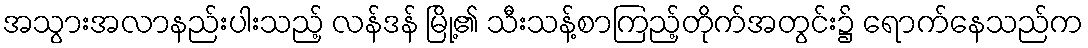
အသွားအလာနည်းပါးသည့် လန်ဒန် မြို့၏ သီးသန့်စာကြည့်တိုက်အတွင်း၌ ရောက်နေသည်က